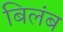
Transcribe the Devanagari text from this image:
बिलंब